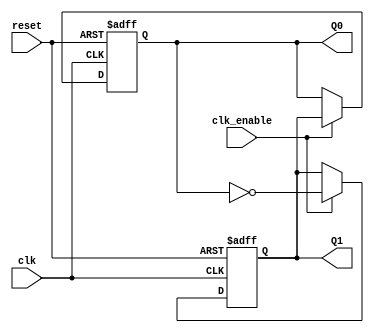
module dual_stage_johnson_counter (
    input wire clk,         // Clock input
    input wire reset,       // Asynchronous reset input
    input wire clk_enable,  // Clock enable input (optional)
    output reg Q1,         // Output Q1 (most significant bit)
    output reg Q0          // Output Q0 (least significant bit)
);

// Sequential logic to implement the Johnson counter
always @(posedge clk or posedge reset) begin
    if (reset) begin
        // Asynchronous reset
        Q1 <= 0;
        Q0 <= 0;
    end else if (clk_enable) begin
        // Johnson counter state transition logic
        Q1 <= ~Q0;       // Feedback inverted signal
        Q0 <= Q1;        // Shift the previous Q1 value
    end
end

endmodule